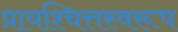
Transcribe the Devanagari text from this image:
प्रायश्चित्तस्वरूप